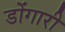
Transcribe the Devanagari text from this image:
डोंगारी